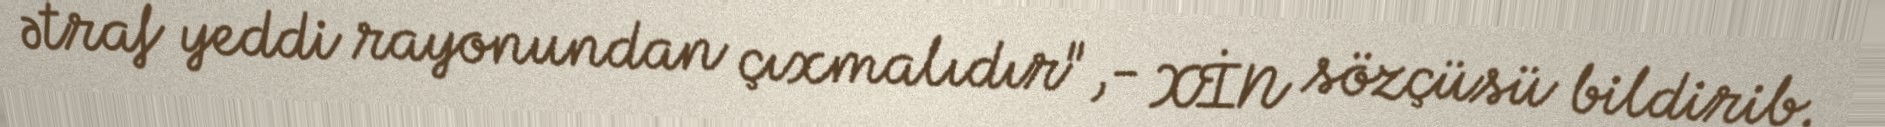
ətraf yeddi rayonundan çıxmalıdır",- XİN sözçüsü bildirib.